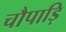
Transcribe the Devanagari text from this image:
चौपाड़ि